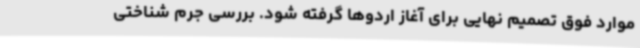
موارد فوق تصمیم نهایی برای آغاز اردوها گرفته شود. بررسی جرم شناختی